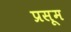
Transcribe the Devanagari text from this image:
प्रसूम